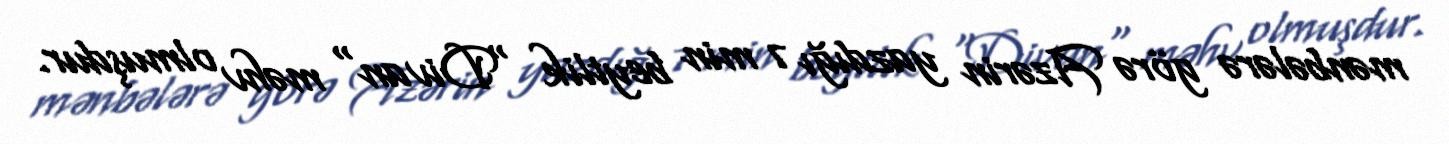
mənbələrə görə Azərin yazdığı 7 min beytlik "Divan" məhv olmuşdur.